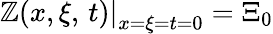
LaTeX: \left.\mathbb{Z}(x,\xi,\, t)\right|_{x=\xi=t=0}=\Xi_{0}